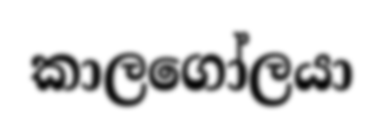
කාලගෝලයා